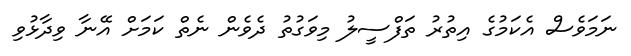
ނަމަވެސް އެކަމުގެ އިތުރު ތަފްސީލު މިވަގުތު ދެވެން ނެތް ކަމަށް އޭނާ ވިދާޅުވި